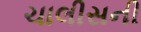
ચાલીસની